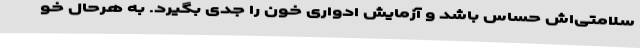
سلامتی‌اش حساس باشد و آزمایش ادواری خون را جدی بگیرد. به هرحال خو